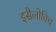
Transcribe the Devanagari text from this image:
इसैलोविच